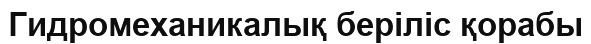
Гидромеханикалық беріліс қорабы